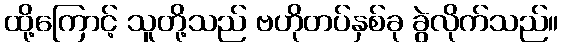
ထို့ကြောင့် သူတို့သည် ဗဟိုတပ်နှစ်ခု ခွဲလိုက်သည်။